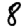
Digit: 8